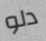
دلو